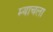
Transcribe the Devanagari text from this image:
म्याचला